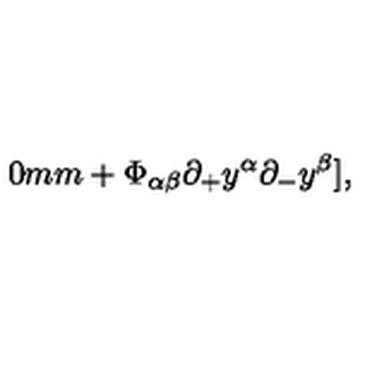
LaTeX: \hspace { 2 0 m m } + \Phi _ { \alpha \beta } { \partial _ { + } } y ^ { \alpha } { \partial _ { - } } y ^ { \beta } ] ,